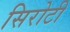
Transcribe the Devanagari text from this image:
सिरोटी